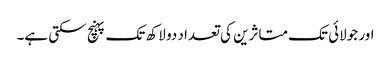
اور جولائی تک متاثرین کی تعداد دو لاکھ تک پہنچ سکتی ہے۔